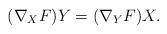
LaTeX: \begin{align*}(\nabla_XF)Y=(\nabla_YF)X.\end{align*}